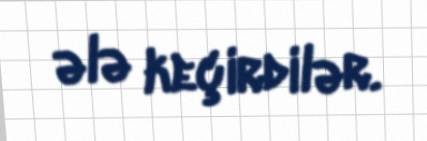
ələ keçirdilər.